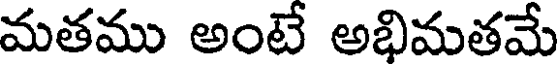
మతము అంటే అభిమతమే